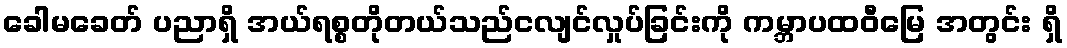
ခေါမခေတ် ပညာရှိ အယ်ရစ္စတိုတယ်သည်ငလျင်လှုပ်ခြင်းကို ကမ္ဘာပထဝီမြေ အတွင်း ရှိ